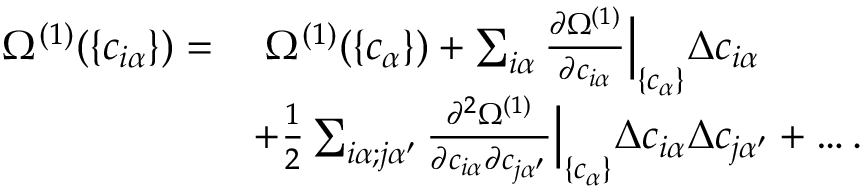
\begin{array} { r l } { \Omega ^ { ( 1 ) } ( \{ c _ { i \alpha } \} ) = } & { \; \Omega ^ { ( 1 ) } ( \{ c _ { \alpha } \} ) + \sum _ { i \alpha } \frac { \partial \Omega ^ { ( 1 ) } } { \partial c _ { i \alpha } } \Big \vert _ { \{ c _ { \alpha } \} } \Delta c _ { i \alpha } } \\ & { + \frac { 1 } { 2 } \sum _ { i \alpha ; j \alpha ^ { \prime } } \frac { \partial ^ { 2 } \Omega ^ { ( 1 ) } } { \partial c _ { i \alpha } \partial c _ { j \alpha ^ { \prime } } } \Big \vert _ { \{ c _ { \alpha } \} } \Delta c _ { i \alpha } \Delta c _ { j \alpha ^ { \prime } } + \dots . } \end{array}